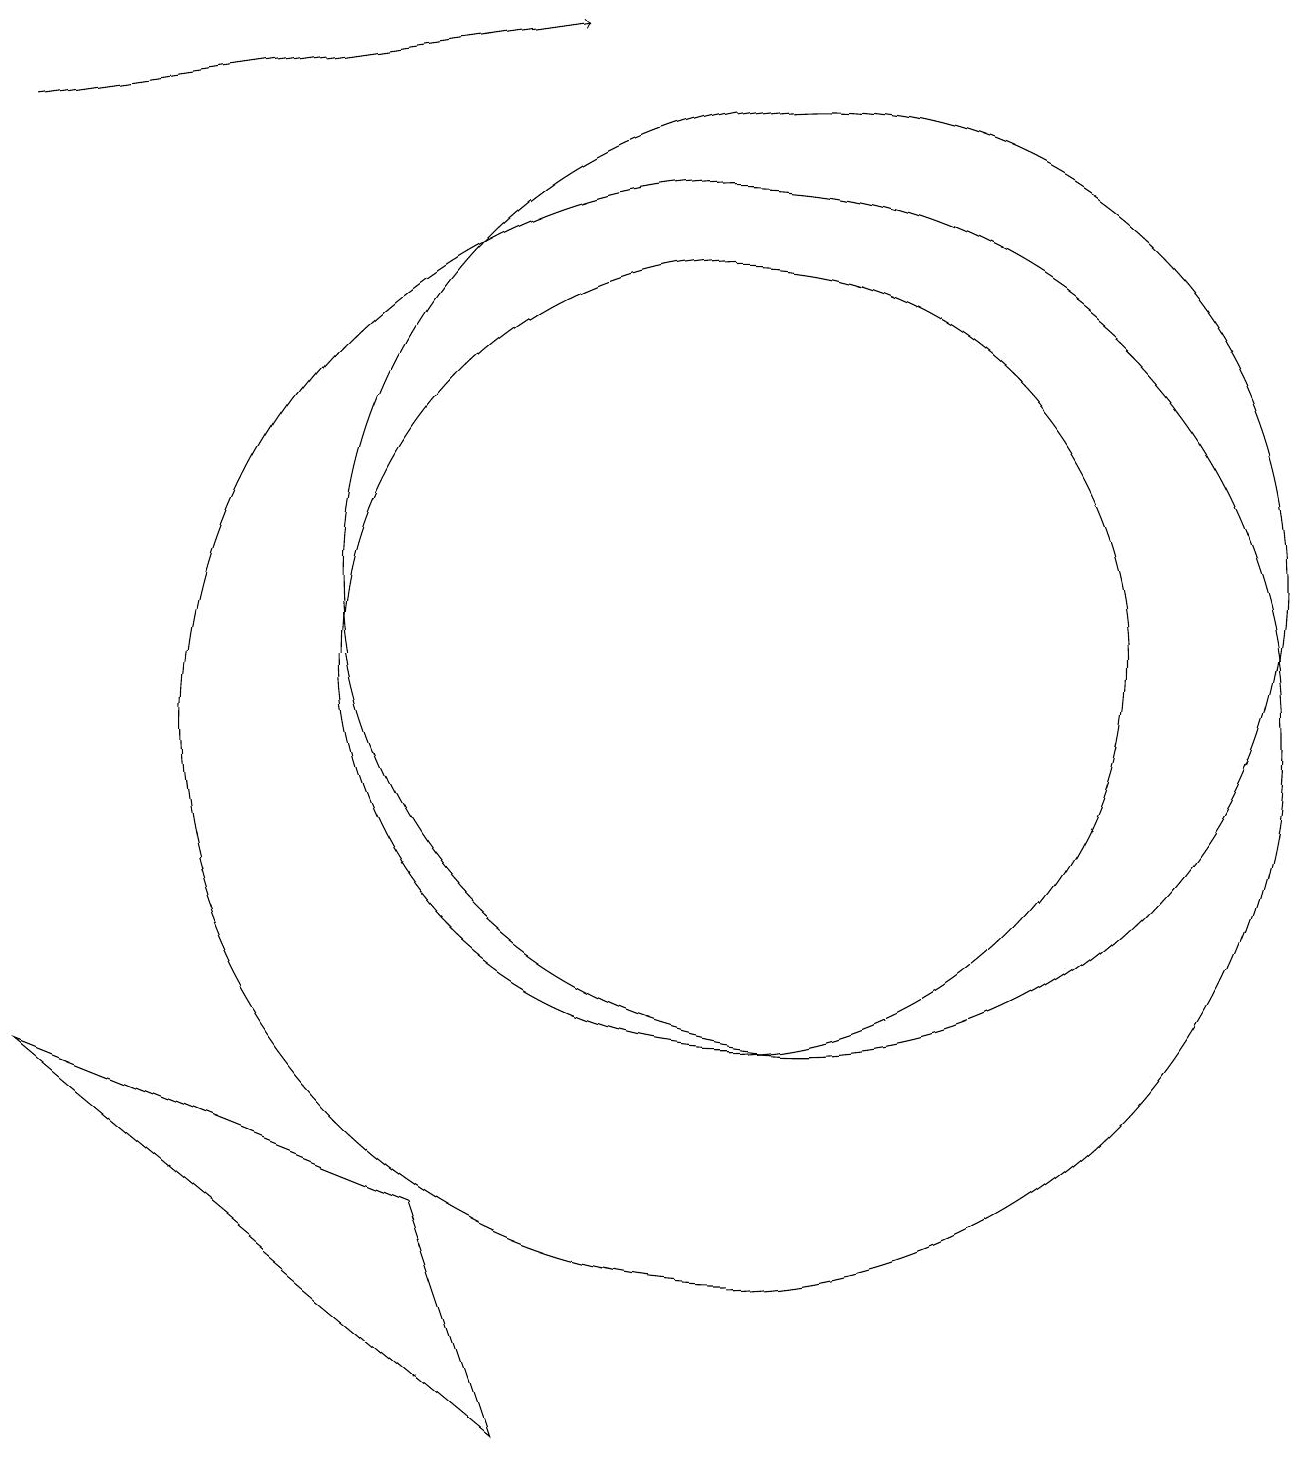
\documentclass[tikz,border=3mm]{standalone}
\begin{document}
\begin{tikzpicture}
\draw (12,11) circle (0);
\draw (10,12) circle (0);
\draw (7,1) -- (6,4) -- (1,6) -- cycle;
\draw[->] (1,18) -- (8,19);
\draw (10,11) circle (5);
\draw (10,10) circle (7);
\draw (11,12) circle (6);
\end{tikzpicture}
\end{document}